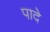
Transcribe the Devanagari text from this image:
पादे